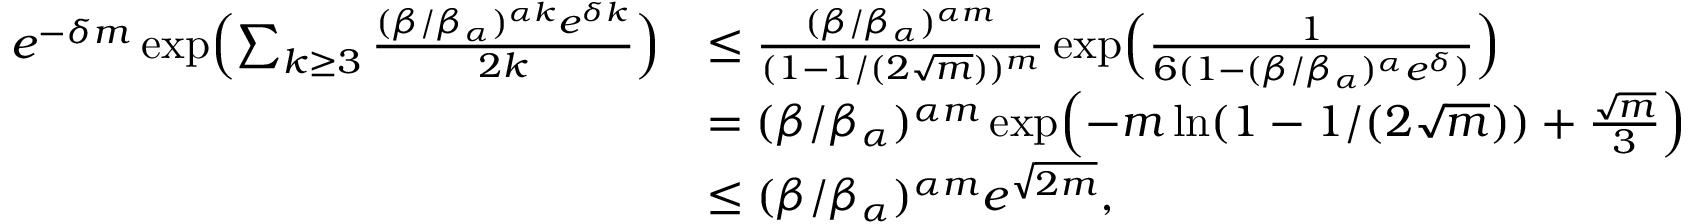
\begin{array} { r l } { e ^ { - \delta m } \exp \Bigl ( \sum _ { k \geq 3 } \frac { ( \beta / \beta _ { \alpha } ) ^ { \alpha k } e ^ { \delta k } } { 2 k } \Bigr ) } & { \leq \frac { ( \beta / \beta _ { \alpha } ) ^ { \alpha m } } { ( 1 - 1 / ( 2 \sqrt { m } ) ) ^ { m } } \exp \Bigl ( \frac { 1 } { 6 ( 1 - ( \beta / \beta _ { \alpha } ) ^ { \alpha } e ^ { \delta } ) } \Bigr ) } \\ & { = ( \beta / \beta _ { \alpha } ) ^ { \alpha m } \exp \Bigl ( - m \ln ( 1 - 1 / ( 2 \sqrt { m } ) ) + \frac { \sqrt { m } } { 3 } \Bigr ) } \\ & { \le ( \beta / \beta _ { \alpha } ) ^ { \alpha m } e ^ { \sqrt { 2 m } } , } \end{array}